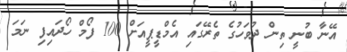
އޭނާ ބުނީ ތިން ދުވަހުގެ ތެރޭގައި އެމްޑީޕީއަށް 100 ފޯމް ހޯދައިފި ނަމަ